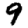
Digit: 9